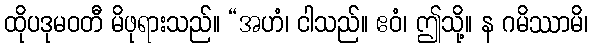
ထိုပဒုမဝတီ မိဖုရားသည်။ “အဟံ၊ ငါသည်။ ဧဝံ၊ ဤသို့။ န ဂမိဿာမိ၊